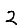
Digit: 2